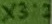
Text: X3:2